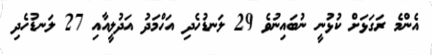
އެންމެ ރަގަޅަށް ކުޅުނީ ނުބައިނުވެ 29 ލަނޑުހެދި އަހްމަދު އަދުލީއާއި 27 ލަނޑުހެދި